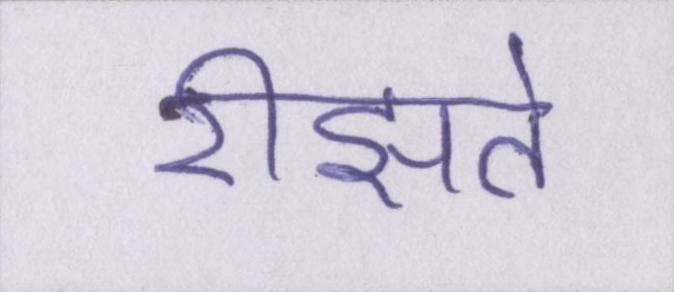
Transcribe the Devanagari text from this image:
रीझते